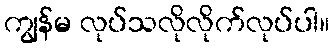
ကျွန်မ လုပ်သလိုလိုက်လုပ်ပါ။